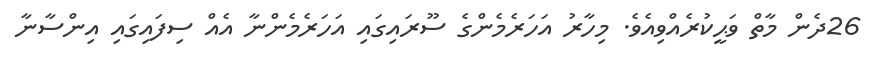
26ދެން މާތް ވަޙީކުރެއްވިއެވެ. މިހާރު އަހަރެމެންގެ ސޫރައިގައި އަހަރެމެންނާ އެއް ސިފައިގައި އިންސާނާ